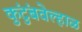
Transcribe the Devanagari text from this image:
कुंटुंबवेल्हाळ